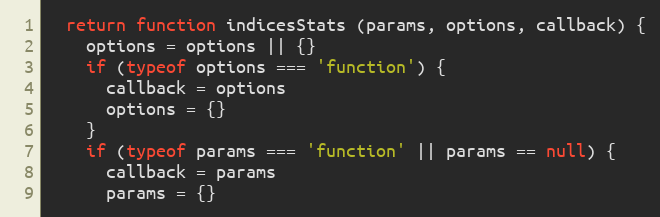
Language: JavaScript
  return function indicesStats (params, options, callback) {
    options = options || {}
    if (typeof options === 'function') {
      callback = options
      options = {}
    }
    if (typeof params === 'function' || params == null) {
      callback = params
      params = {}